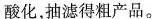
酸化，抽滤得粗产品。